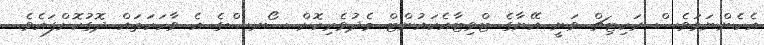
އެހެންނަމަވެސް ރަކިޓިޗް ވަނީ އޭނާގެ ޓްވިޓާއެކައުންޓް މެދުވެރިކޮށް ސޯރސްގެ އެ ވާހަކަތައް ދޮގުކޮށްފައެވެ.